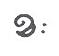
ខៈ